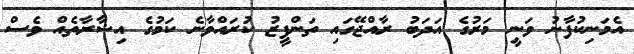
އެމަނިކުފާނު ވަނީ މަރުގެ އަދަބު ރާއްޖޭގައި ތަންފީޒު ކުރައްވާނެ ކަމުގެ އިޝާރާތެއް ވެސް